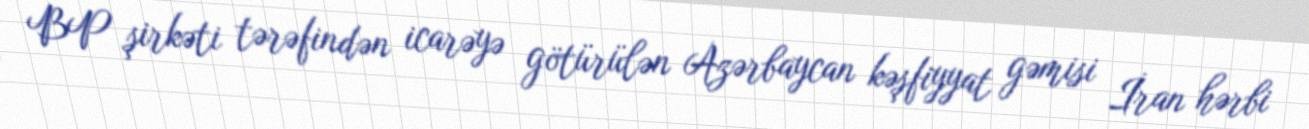
BP şirkəti tərəfindən icarəyə götürülən Azərbaycan kəşfiyyat gəmisi İran hərbi